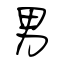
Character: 男